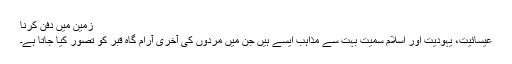
زمین میں دفن کرنا
عیسائیت، یہودیت اور اسلام سمیت بہت سے مذاہب ایسے ہیں جن میں مردوں کی آخری آرام گاہ قبر کو تصور کیا جاتا ہے۔